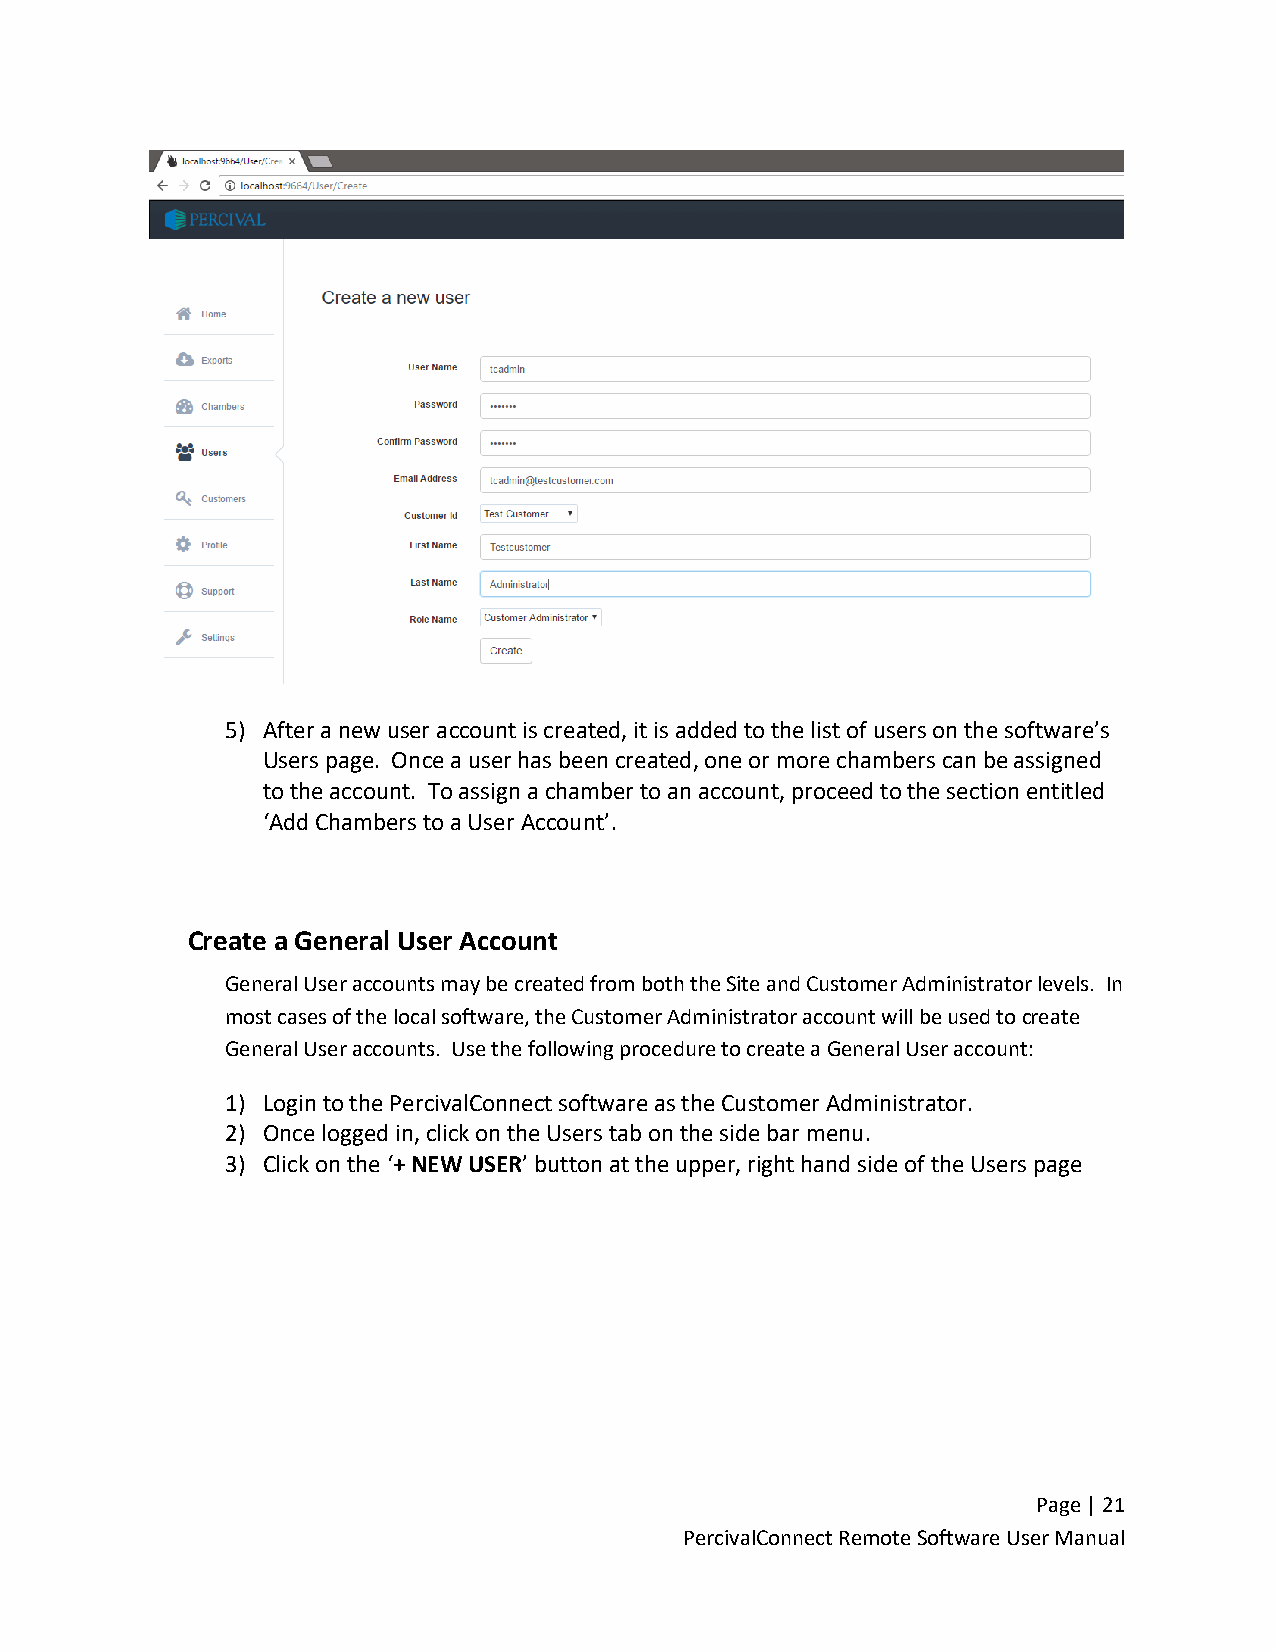
5) After a new user account is created, it is added to the list of users on the software’s
 Users page. Once a user has been created, one or more chambers can be assigned
 to the account. To assign a chamber to an account, proceed to the section entitled
 ‘Add Chambers to a User Account’.
 Create a General User Account
 General User accounts may be created from both the Site and Customer Administrator levels. In
 most cases of the local software, the Customer Administrator account will be used to create
 General User accounts. Use the following procedure to create a General User account:
 1) Login to the PercivalConnect software as the Customer Administrator.
 2) Once logged in, click on the Users tab on the side bar menu.
 3) Click on the ‘+ NEW USER’ button at the upper, right hand side of the Users page
 Page | 21
 PercivalConnect Remote Software User Manual